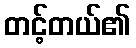
တင့်တယ်၏